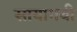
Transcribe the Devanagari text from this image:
सायागयी